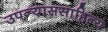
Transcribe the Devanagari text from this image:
उपन्याससाहित्य